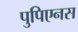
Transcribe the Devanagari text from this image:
पुपिएनस